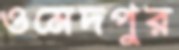
ওমেদপুর